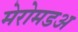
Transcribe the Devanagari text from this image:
मेरोमडअ